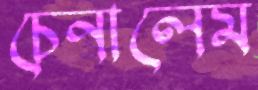
চেনালেম